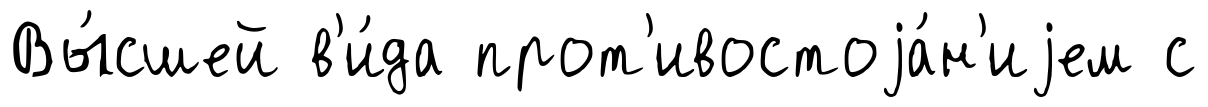
Вы́сшей в'и́да прот'ивостоjа́н'иjем с